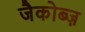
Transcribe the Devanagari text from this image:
जैकोब्ज़